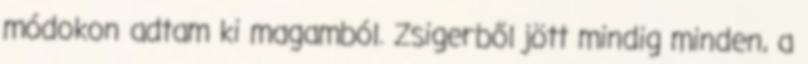
módokon adtam ki magamból. Zsigerből jött mindig minden, a